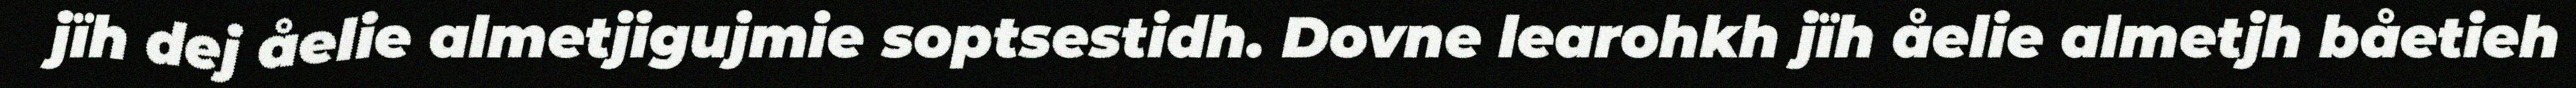
jïh dej åelie almetjigujmie soptsestidh. Dovne learohkh jïh åelie almetjh båetieh